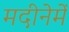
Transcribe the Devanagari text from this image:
मदीनेमें